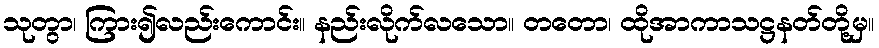
သုတွာ၊ ကြား၍လည်းကောင်း။ နည်းလိုက်လသော။ တတော၊ ထိုအာကာသဋ္ဌနတ်တို့မှ။